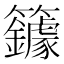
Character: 𰪥